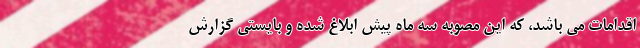
اقدامات می باشد، که این مصوبه سه ماه پیش ابلاغ شده و بایستی گزارش